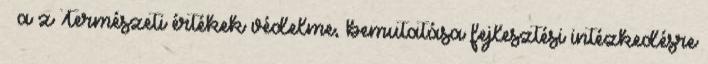
– a z Természeti értékek védelme, bemutatása fejlesztési intézkedésre